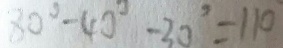
8 0 ^ { \circ } - 4 0 ^ { \circ } - 3 0 ^ { \circ } = 1 1 0